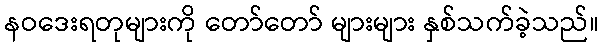
နဝဒေးရတုများကို တော်တော် များများ နှစ်သက်ခဲ့သည်။